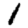
Digit: 1